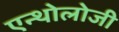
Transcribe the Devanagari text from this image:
एन्थोलोजी